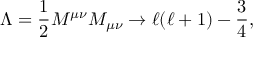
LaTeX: \Lambda = { \frac { 1 } { 2 } } M ^ { \mu \nu } M _ { \mu \nu } \rightarrow \ell ( \ell + 1 ) - { \frac { 3 } { 4 } } ,